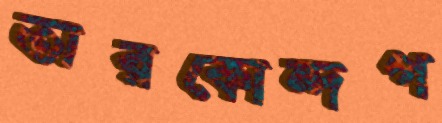
তারকোন্দপ